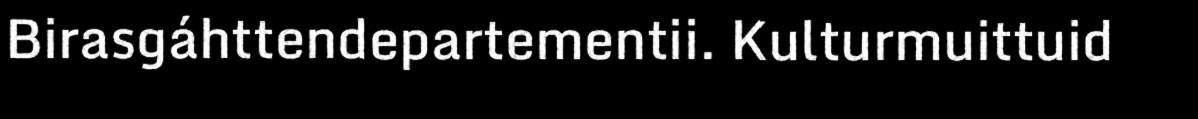
Birasgáhttendepartementii. Kulturmuittuid